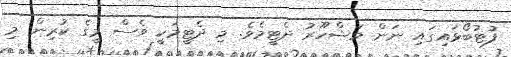
ފުޓުބޯޅައިގައި ނަން މަޝްހޫރު ދެޓީމެވެ. މި ދެޓީމަކީ ވެސް މީގެ ކުރިން މި